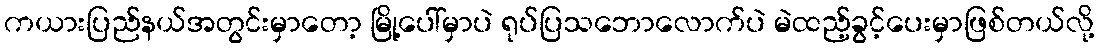
ကယားပြည်နယ်အတွင်းမှာတော့ မြို့ပေါ်မှာပဲ ရုပ်ပြသဘောလောက်ပဲ မဲထည့်ခွင့်ပေးမှာဖြစ်တယ်လို့